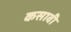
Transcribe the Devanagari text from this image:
कसावी